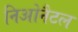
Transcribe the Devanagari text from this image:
निओनैटल